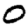
Digit: 0